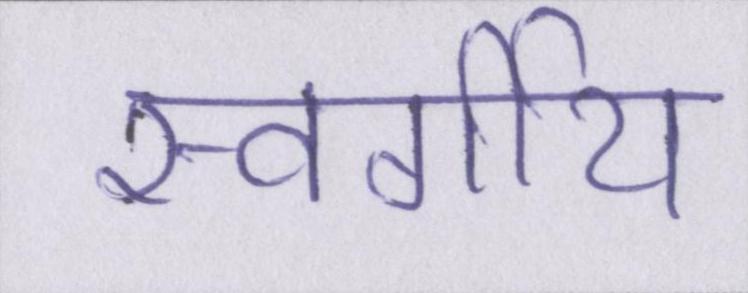
स्वर्गीय